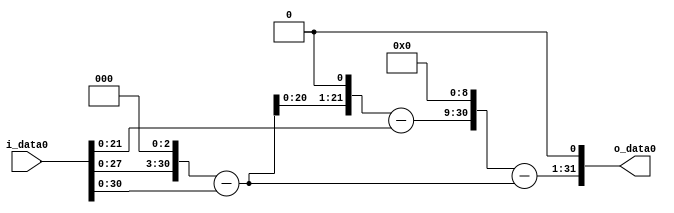
module multiplier_block (
    i_data0,
    o_data0
);

  // Port mode declarations:
  input   [31:0] i_data0;
  output  [31:0]
    o_data0;

  //Multipliers:

  wire [31:0]
    w1,
    w8,
    w7,
    w14,
    w13,
    w6656,
    w6649,
    w13298;

  assign w1 = i_data0;
  assign w13 = w14 - w1;
  assign w13298 = w6649 << 1;
  assign w14 = w7 << 1;
  assign w6649 = w6656 - w7;
  assign w6656 = w13 << 9;
  assign w7 = w8 - w1;
  assign w8 = w1 << 3;

  assign o_data0 = w13298;

  //multiplier_block area estimate = 4547.18869098677;
endmodule